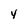
Character: 4